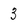
Character: 3